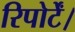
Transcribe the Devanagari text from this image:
रिपोर्टें।